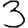
Digit: 3